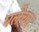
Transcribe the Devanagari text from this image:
पलेचर